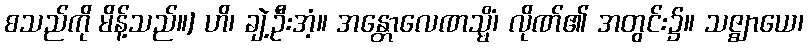
စသည်ကို မိန့်သည်။] ဟိ၊ ချဲ့ဦးအံ့။ အန္တောလေဏသ္မိံ၊ လိုဏ်၏ အတွင်း၌။ သဇ္ဈာယေ၊